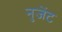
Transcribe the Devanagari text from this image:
नुजेंट